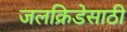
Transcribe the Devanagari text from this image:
जलक्रिडेसाठी